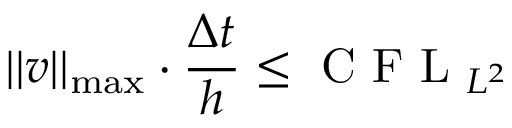
| | v | | _ { \operatorname* { m a x } } \cdot \frac { \Delta t } { h } \le \mathrm { ~ C ~ F ~ L ~ } _ { L ^ { 2 } }